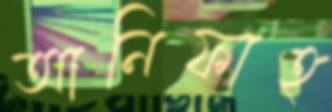
আনিফাহ